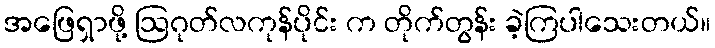
အဖြေရှာဖို့ ဩဂုတ်လကုန်ပိုင်း က တိုက်တွန်း ခဲ့ကြပါသေးတယ်။